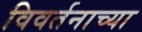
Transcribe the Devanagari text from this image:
विवर्तनाच्या